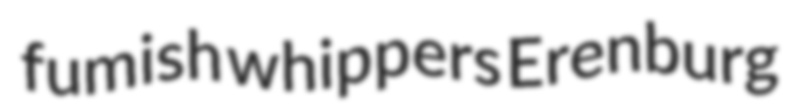
fumish whippers Erenburg